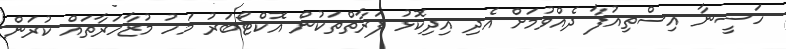
ހަސީނާ އިސްތިއުފާ ދެއްވުމަށް އެދި އިދިކޮޅު ފަރާތްތަކުން އޮކްޓޯބަރު މަހު މުޒާހަރާތައް ކުރަން